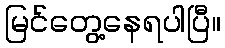
မြင်တွေ့နေရပါပြီ။